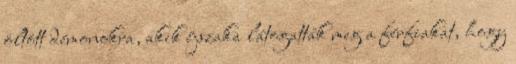
öltött démonokra, akik éjszaka látogatták meg a férfiakat, hogy